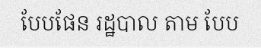
បែបផែន រដ្ឋបាល តាម បែប